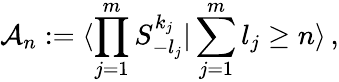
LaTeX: {\cal A}_{n}:=\langle\prod_{j=1}^{m}S_{-l_{j}}^{k_{j}}|\sum_{j=1}^{m}l_{j}\geq n\rangle\, ,